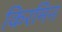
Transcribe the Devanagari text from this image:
किरमिन